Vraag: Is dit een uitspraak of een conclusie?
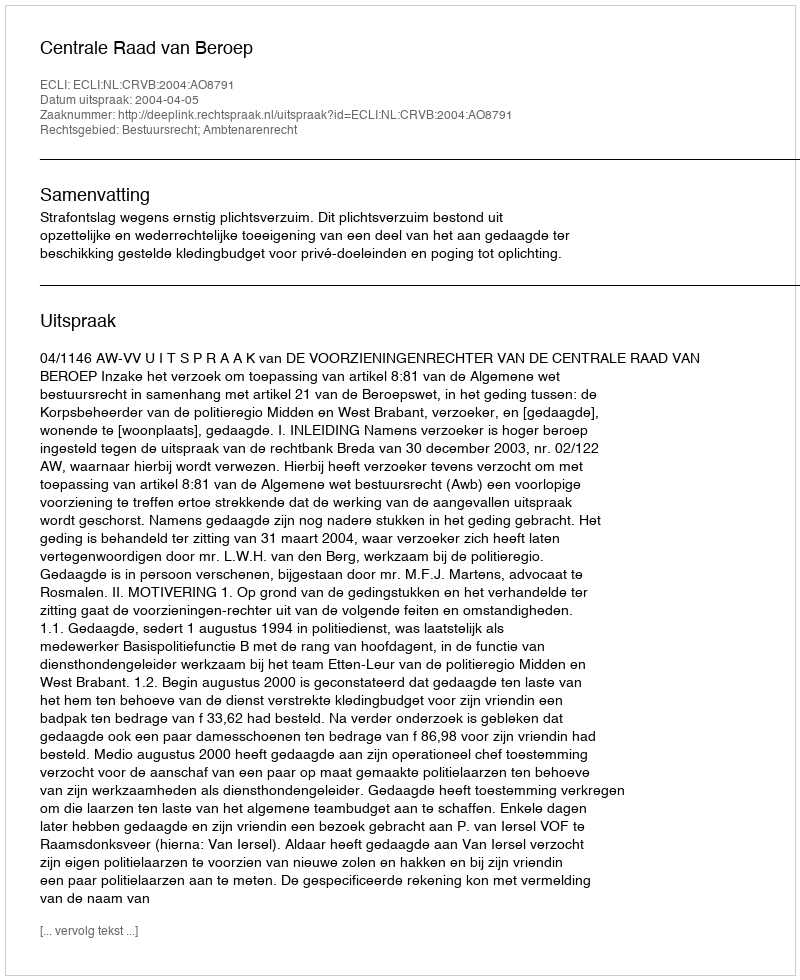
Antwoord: Uitspraak